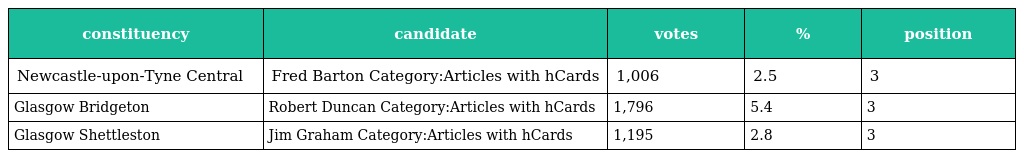
| constituency | candidate | votes | % | position |
 | --- | --- | --- | --- | --- |
 | Newcastle-upon-Tyne Central | Fred Barton Category:Articles with hCards | 1,006 | 2.5 | 3 |
 | Glasgow Bridgeton | Robert Duncan Category:Articles with hCards | 1,796 | 5.4 | 3 |
 | Glasgow Shettleston | Jim Graham Category:Articles with hCards | 1,195 | 2.8 | 3 |